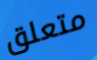
متعلق